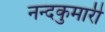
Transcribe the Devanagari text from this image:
नन्दकुमारी